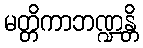
မတ္တိကာဘဏ္ဍန္တိ